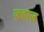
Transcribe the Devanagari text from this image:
ज़हाज़